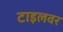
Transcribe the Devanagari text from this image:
टाइलवर